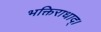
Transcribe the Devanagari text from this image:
भक्तिराधाद्।